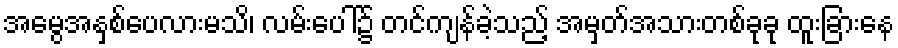
အမွေအနှစ်ပေလားမသိ၊ လမ်းပေါ်၌ တင်ကျန်ခဲ့သည့် အမှတ်အသားတစ်ခုခု ထူးခြားနေ